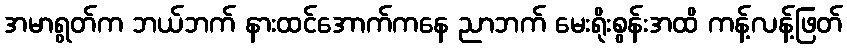
အမာရွတ်က ဘယ်ဘက် နားထင်အောက်ကနေ ညာဘက် မေးရိုးစွန်းအထိ ကန့်လန့်ဖြတ်